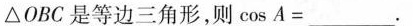
△OBC是等边三角形，则$$cos A = ___$$.